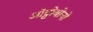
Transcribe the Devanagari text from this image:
ऑट्टोबोनो